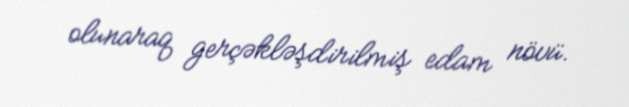
olunaraq gerçəkləşdirilmiş edam növü.